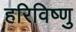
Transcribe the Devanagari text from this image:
हरिविष्णु